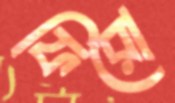
ফিরো